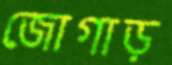
জোগাড়